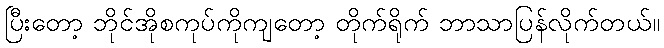
ပြီးတော့ ဘိုင်အိုစကုပ်ကိုကျတော့ တိုက်ရိုက် ဘာသာပြန်လိုက်တယ်။